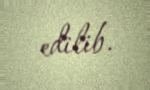
edilib.